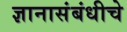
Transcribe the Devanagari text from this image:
ज्ञानासंबंधीचे